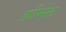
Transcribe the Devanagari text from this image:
फ़ीमेल